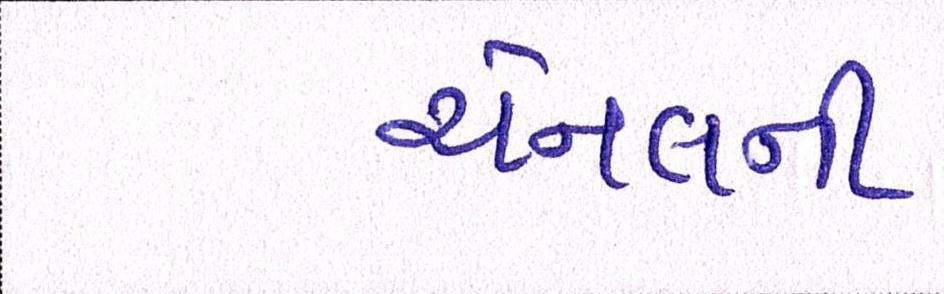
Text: ચેનલની